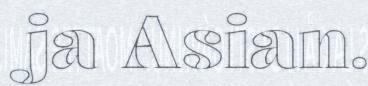
ja Asian.